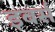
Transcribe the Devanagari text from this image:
इबर्स